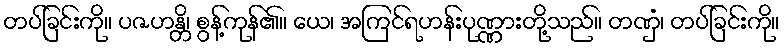
တပ်ခြင်းကို။ ပဇဟန္တိ၊ စွန့်ကုန်၏။ ယေ၊ အကြင်ရဟန်းပုဏ္ဏားတို့သည်။ တဏှံ၊ တပ်ခြင်းကို။